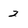
Character: 2